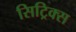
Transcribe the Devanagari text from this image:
सिट्रिक्स